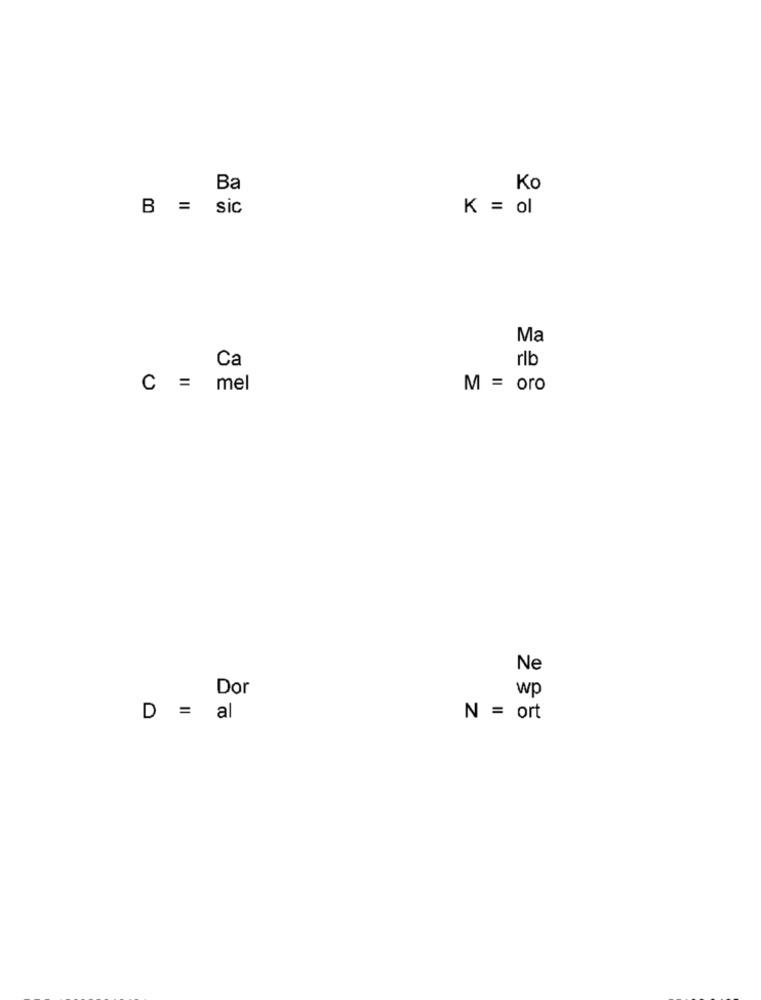
Ba
Ko
B = sic
K = ol
Ma
Ca
rlb
C = mel
M = oro
Ne
Dor
wp
D = al
N = ort